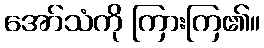
အော်သံကို ကြားကြ၏။